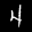
Label: 4